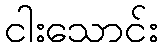
ငါးသောင်း